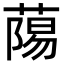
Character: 𮐷